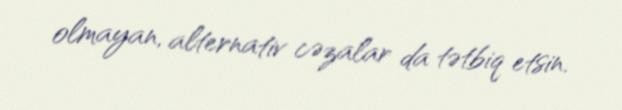
olmayan, alternativ cəzalar da tətbiq etsin.